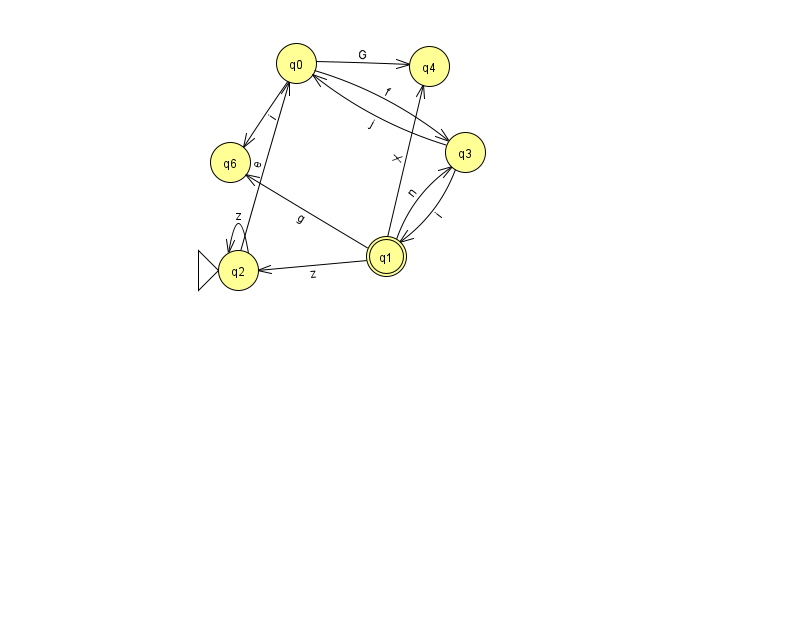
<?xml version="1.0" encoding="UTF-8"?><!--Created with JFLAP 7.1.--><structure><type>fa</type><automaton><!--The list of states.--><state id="0" name="q0"><x>296.0</x><y>50.0</y></state><state id="1" name="q1"><x>386.0</x><y>243.0</y><final/></state><state id="2" name="q2"><x>238.0</x><y>257.0</y><initial/></state><state id="3" name="q3"><x>465.0</x><y>139.0</y></state><state id="4" name="q4"><x>429.0</x><y>53.0</y></state><state id="6" name="q6"><x>230.0</x><y>149.0</y></state><!--The list of transitions.--><transition><from>0</from><to>6</to><read>i</read></transition><transition><from>1</from><to>2</to><read>z</read></transition><transition><from>1</from><to>4</to><read>X</read></transition><transition><from>0</from><to>4</to><read>G</read></transition><transition><from>2</from><to>0</to><read>e</read></transition><transition><from>3</from><to>0</to><read>j</read></transition><transition><from>1</from><to>6</to><read>g</read></transition><transition><from>0</from><to>3</to><read>f</read></transition><transition><from>1</from><to>3</to><read>n</read></transition><transition><from>2</from><to>2</to><read>z</read></transition><transition><from>3</from><to>1</to><read>i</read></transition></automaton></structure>